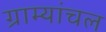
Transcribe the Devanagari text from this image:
ग्राम्यांचल